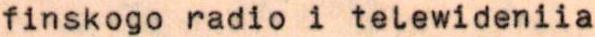
finskogo radio i telewideniia